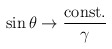
\begin{align*}\sin \theta \rightarrow \frac{ {\rm const.}}{\gamma}\end{align*}